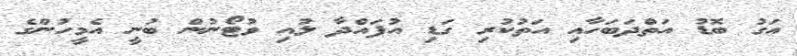
އަގު ބޮޑު އަތްދަބަހާއި އަތުކުރި ގަޑި އުފައްދާ ލުއި ވުޓޯނުން ބުނީ އެމީހުންގެ